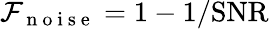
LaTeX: \mathcal{F}_{\mathrm{~n~o~i~s~e~}}=1-1/\mathrm{SNR}